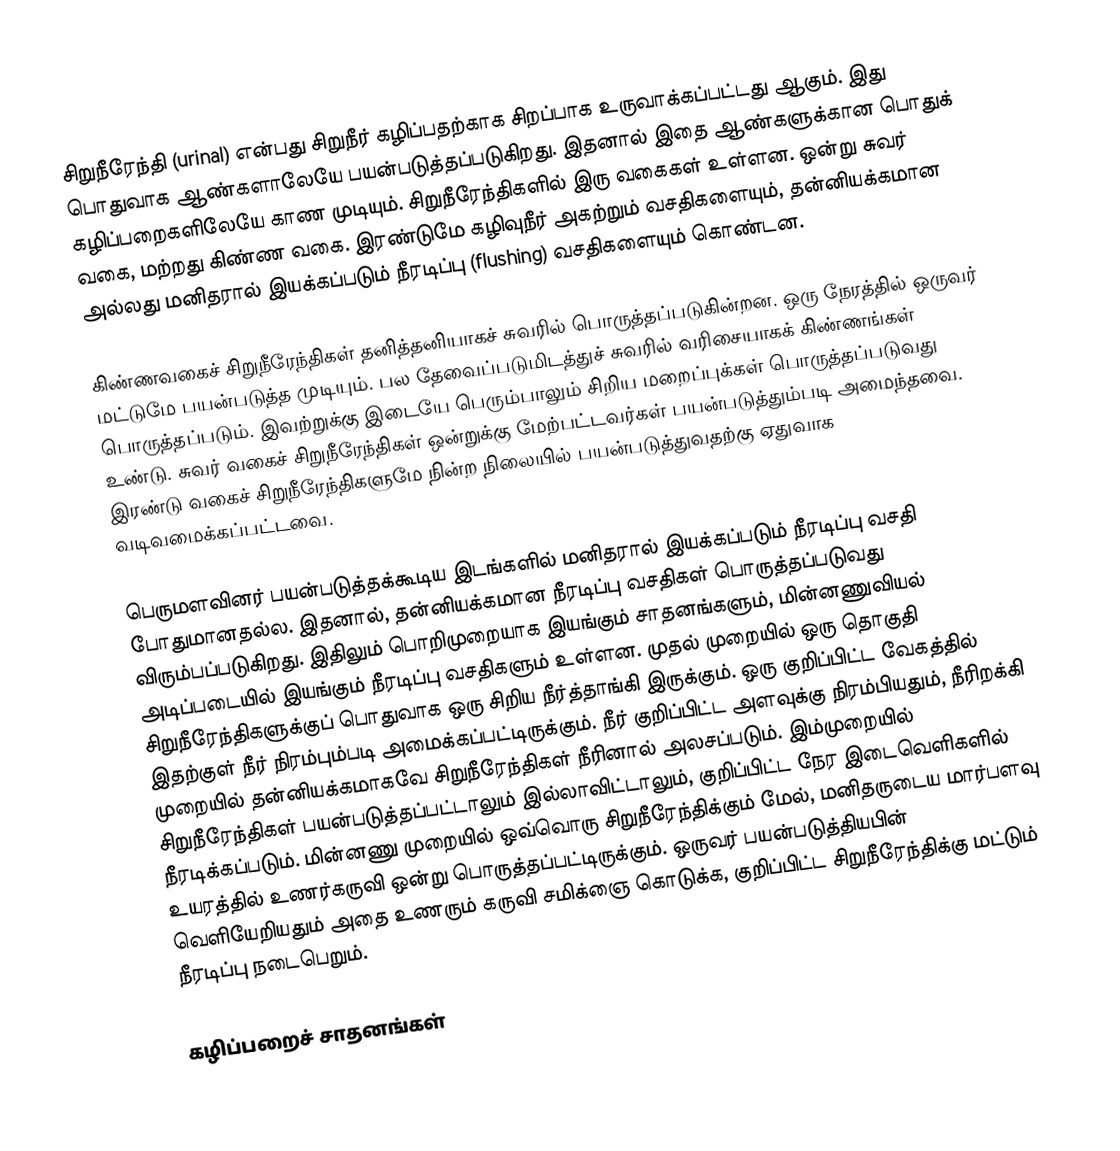
சிறுநீரேந்தி (urinal) என்பது சிறுநீர் கழிப்பதற்காக சிறப்பாக உருவாக்கப்பட்டது ஆகும். இது பொதுவாக ஆண்களாலேயே பயன்படுத்தப்படுகிறது. இதனால் இதை ஆண்களுக்கான பொதுக் கழிப்பறைகளிலேயே காண முடியும். சிறுநீரேந்திகளில் இரு வகைகள் உள்ளன. ஒன்று சுவர் வகை, மற்றது கிண்ண வகை. இரண்டுமே கழிவுநீர் அகற்றும் வசதிகளையும், தன்னியக்கமான அல்லது மனிதரால் இயக்கப்படும் நீரடிப்பு (flushing) வசதிகளையும் கொண்டன.

கிண்ணவகைச் சிறுநீரேந்திகள் தனித்தனியாகச் சுவரில் பொருத்தப்படுகின்றன. ஒரு நேரத்தில் ஒருவர் மட்டுமே பயன்படுத்த முடியும். பல தேவைப்படுமிடத்துச் சுவரில் வரிசையாகக் கிண்ணங்கள் பொருத்தப்படும். இவற்றுக்கு இடையே பெரும்பாலும் சிறிய மறைப்புக்கள் பொருத்தப்படுவது உண்டு. சுவர் வகைச் சிறுநீரேந்திகள் ஒன்றுக்கு மேற்பட்டவர்கள் பயன்படுத்தும்படி அமைந்தவை. இரண்டு வகைச் சிறுநீரேந்திகளுமே நின்ற நிலையில் பயன்படுத்துவதற்கு ஏதுவாக வடிவமைக்கப்பட்டவை.

பெருமளவினர் பயன்படுத்தக்கூடிய இடங்களில் மனிதரால் இயக்கப்படும் நீரடிப்பு வசதி போதுமானதல்ல. இதனால், தன்னியக்கமான நீரடிப்பு வசதிகள் பொருத்தப்படுவது விரும்பப்படுகிறது. இதிலும் பொறிமுறையாக இயங்கும் சாதனங்களும், மின்னணுவியல் அடிப்படையில் இயங்கும் நீரடிப்பு வசதிகளும் உள்ளன. முதல் முறையில் ஒரு தொகுதி சிறுநீரேந்திகளுக்குப் பொதுவாக ஒரு சிறிய நீர்த்தாங்கி இருக்கும். ஒரு குறிப்பிட்ட வேகத்தில் இதற்குள் நீர் நிரம்பும்படி அமைக்கப்பட்டிருக்கும். நீர் குறிப்பிட்ட அளவுக்கு நிரம்பியதும், நீரிறக்கி முறையில் தன்னியக்கமாகவே சிறுநீரேந்திகள் நீரினால் அலசப்படும். இம்முறையில் சிறுநீரேந்திகள் பயன்படுத்தப்பட்டாலும் இல்லாவிட்டாலும், குறிப்பிட்ட நேர இடைவெளிகளில் நீரடிக்கப்படும். மின்னணு முறையில் ஒவ்வொரு சிறுநீரேந்திக்கும் மேல், மனிதருடைய மார்பளவு உயரத்தில் உணர்கருவி ஒன்று பொருத்தப்பட்டிருக்கும். ஒருவர் பயன்படுத்தியபின் வெளியேறியதும் அதை உணரும் கருவி சமிக்ஞை கொடுக்க, குறிப்பிட்ட சிறுநீரேந்திக்கு மட்டும் நீரடிப்பு நடைபெறும்.

கழிப்பறைச் சாதனங்கள்